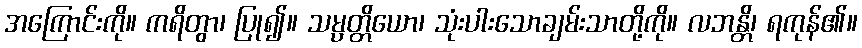
အကြောင်းကို။ ကရိတွာ၊ ပြု၍။ သမ္ပတ္တိယော၊ သုံးပါးသောချမ်းသာတို့ကို။ လဘန္တိ၊ ရကုန်၏။